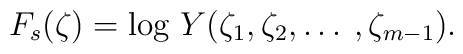
F_{s}(\zeta) = \mbox{log } Y(\zeta_1, \zeta_2, \ldots \: , \zeta_{m-1}).